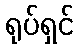
ရုပ်ရှင်